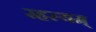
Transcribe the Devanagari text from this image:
रहस्यम्